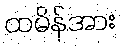
ထမိန်အား